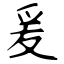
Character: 爰